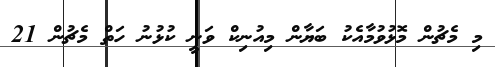
މި މެޗުން މޮޅުވުމާއެކު ބަޔާން މިއުނިކް ވަނީ ކުޅުނު ހަތް މެޗުން 21